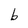
Character: b